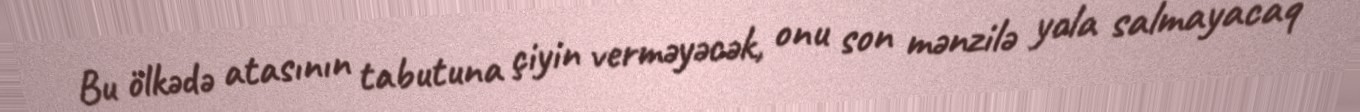
Bu ölkədə atasının tabutuna çiyin verməyəcək, onu son mənzilə yola salmayacaq